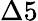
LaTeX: \Delta 5